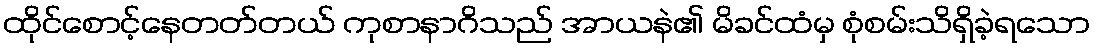
ထိုင်စောင့်နေတတ်တယ် ကုစာနာဂိသည် အာယနဲ၏ မိခင်ထံမှ စုံစမ်းသိရှိခဲ့ရသော